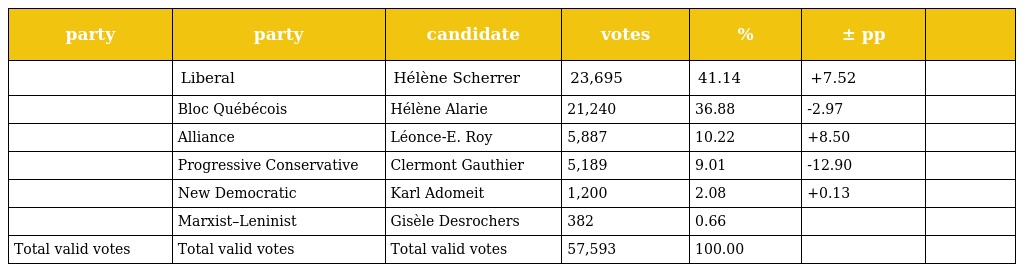
| party | party | candidate | votes | % | ± pp |  |
 | --- | --- | --- | --- | --- | --- | --- |
 |  | Liberal | Hélène Scherrer | 23,695 | 41.14 | +7.52 |  |
 |  | Bloc Québécois | Hélène Alarie | 21,240 | 36.88 | -2.97 |  |
 |  | Alliance | Léonce-E. Roy | 5,887 | 10.22 | +8.50 |  |
 |  | Progressive Conservative | Clermont Gauthier | 5,189 | 9.01 | -12.90 |  |
 |  | New Democratic | Karl Adomeit | 1,200 | 2.08 | +0.13 |  |
 |  | Marxist–Leninist | Gisèle Desrochers | 382 | 0.66 |  |  |
 | Total valid votes | Total valid votes | Total valid votes | 57,593 | 100.00 |  |  |